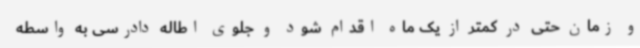
و زمان حتی در کمتر از یک ماه اقدام شود و جلوی اطاله دادرسی به واسطه